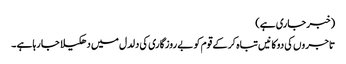
(خبر جاری ہے)
تاجروں کی دوکانیں تباہ کر کے قوم کو بے روزگاری کی دلدل میں دھکیلا جا رہاہے ۔